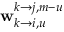
\mathbf { w } _ { k \rightarrow i , u } ^ { k \rightarrow j , m - u }